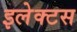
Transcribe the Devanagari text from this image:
इलेक्टस